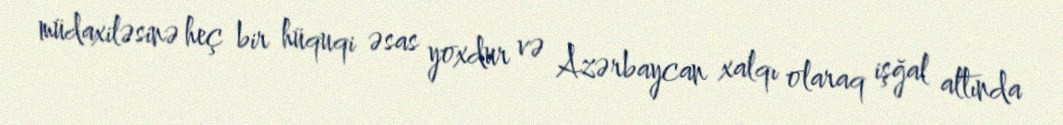
müdaxiləsinə heç bir hüquqi əsas yoxdur və Azərbaycan xalqı olaraq işğal altında